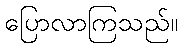
ပြောလာကြသည်။